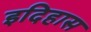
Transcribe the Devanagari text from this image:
इदिहास